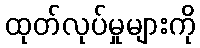
ထုတ်လုပ်မှုများကို